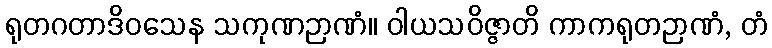
ရုတဂတာဒိဝသေန သကုဏဉာဏံ။ ဝါယသဝိဇ္ဇာတိ ကာကရုတဉာဏံ, တံ